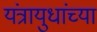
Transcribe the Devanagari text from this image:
यंत्रायुधांच्या